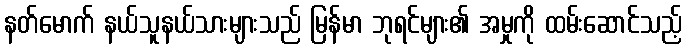
နတ်မောက် နယ်သူနယ်သားများသည် မြန်မာ ဘုရင်များ၏ အမှုကို ထမ်းဆောင်သည့်